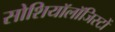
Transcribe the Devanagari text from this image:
सोशियॉलॉजिस्टों